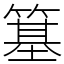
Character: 簊